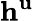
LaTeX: \mathbf{h}^{\mathbf{u}}